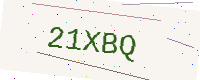
Text: 21XBQ